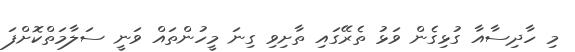
މި ހާދިސާއާ ގުޅިގެން ވަޅު ތެރޭގައި ތާށިވި ގިނަ މީހުންތައް ވަނީ ސަލާމަތްކޮށްފަ